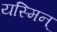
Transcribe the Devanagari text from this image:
यस्मिन्‌